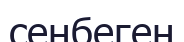
сенбеген